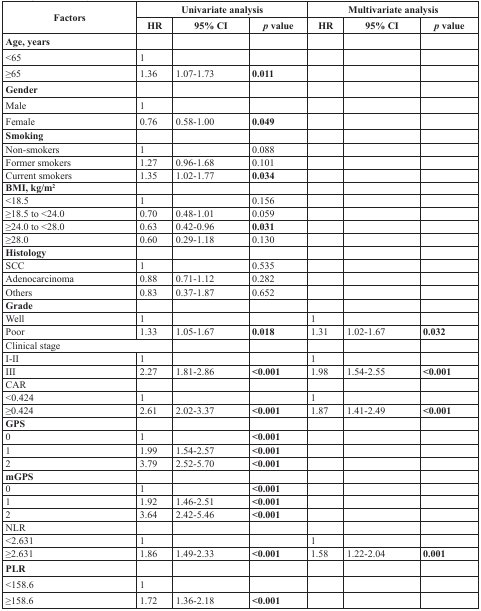
<table><thead><tr><td rowspan="2"><b>Factors</b></td><td colspan="3"><b>Univariate analysis</b></td><td colspan="3"><b>Multivariate analysis</b></td></tr><tr><td><b>HR</b></td><td><b>95% CI</b></td><td><b><i>p</i> value</b></td><td><b>HR</b></td><td><b>95% CI</b></td><td><b><i>p</i> value</b></td></tr></thead><tbody><tr><td><b>Age, years</b></td><td></td><td></td><td></td><td></td><td></td><td></td></tr><tr><td>&lt;65</td><td>1</td><td></td><td></td><td></td><td></td><td></td></tr><tr><td>≥65</td><td>1.36</td><td>1.07-1.73</td><td><b>0.011</b></td><td></td><td></td><td></td></tr><tr><td><b>Gender</b></td><td></td><td></td><td></td><td></td><td></td><td></td></tr><tr><td>Male</td><td>1</td><td></td><td></td><td></td><td></td><td></td></tr><tr><td>Female</td><td>0.76</td><td>0.58-1.00</td><td><b>0.049</b></td><td></td><td></td><td></td></tr><tr><td><b>Smoking</b></td><td></td><td></td><td></td><td></td><td></td><td></td></tr><tr><td>Non-smokers</td><td>1</td><td></td><td>0.088</td><td></td><td></td><td></td></tr><tr><td>Former smokers</td><td>1.27</td><td>0.96-1.68</td><td>0.101</td><td></td><td></td><td></td></tr><tr><td>Current smokers</td><td>1.35</td><td>1.02-1.77</td><td><b>0.034</b></td><td></td><td></td><td></td></tr><tr><td><b>BMI, kg/m</b><sup>2</sup></td><td></td><td></td><td></td><td></td><td></td><td></td></tr><tr><td>&lt;18.5</td><td>1</td><td></td><td>0.156</td><td></td><td></td><td></td></tr><tr><td>≥18.5 to &lt;24.0</td><td>0.70</td><td>0.48-1.01</td><td>0.059</td><td></td><td></td><td></td></tr><tr><td>≥24.0 to &lt;28.0</td><td>0.63</td><td>0.42-0.96</td><td><b>0.031</b></td><td></td><td></td><td></td></tr><tr><td>≥28.0</td><td>0.60</td><td>0.29-1.18</td><td>0.130</td><td></td><td></td><td></td></tr><tr><td><b>Histology</b></td><td></td><td></td><td></td><td></td><td></td><td></td></tr><tr><td>SCC</td><td>1</td><td></td><td>0.535</td><td></td><td></td><td></td></tr><tr><td>Adenocarcinoma</td><td>0.88</td><td>0.71-1.12</td><td>0.282</td><td></td><td></td><td></td></tr><tr><td>Others</td><td>0.83</td><td>0.37-1.87</td><td>0.652</td><td></td><td></td><td></td></tr><tr><td><b>Grade</b></td><td></td><td></td><td></td><td></td><td></td><td></td></tr><tr><td>Well</td><td>1</td><td></td><td></td><td>1</td><td></td><td></td></tr><tr><td>Poor</td><td>1.33</td><td>1.05-1.67</td><td><b>0.018</b></td><td>1.31</td><td>1.02-1.67</td><td><b>0.032</b></td></tr><tr><td colspan="2">Clinical stage</td><td></td><td></td><td></td><td></td><td></td></tr><tr><td>I-II</td><td>1</td><td></td><td></td><td>1</td><td></td><td></td></tr><tr><td>III</td><td>2.27</td><td>1.81-2.86</td><td><b>&lt;0.001</b></td><td>1.98</td><td>1.54-2.55</td><td><b>&lt;0.001</b></td></tr><tr><td>CAR</td><td></td><td></td><td></td><td></td><td></td><td></td></tr><tr><td>&lt;0.424</td><td>1</td><td></td><td></td><td>1</td><td></td><td></td></tr><tr><td>≥0.424</td><td>2.61</td><td>2.02-3.37</td><td><b>&lt;0.001</b></td><td>1.87</td><td>1.41-2.49</td><td><b>&lt;0.001</b></td></tr><tr><td><b>GPS</b></td><td></td><td></td><td></td><td></td><td></td><td></td></tr><tr><td>0</td><td>1</td><td></td><td><b>&lt;0.001</b></td><td></td><td></td><td></td></tr><tr><td>1</td><td>1.99</td><td>1.54-2.57</td><td><b>&lt;0.001</b></td><td></td><td></td><td></td></tr><tr><td>2</td><td>3.79</td><td>2.52-5.70</td><td><b>&lt;0.001</b></td><td></td><td></td><td></td></tr><tr><td><b>mGPS</b></td><td></td><td></td><td></td><td></td><td></td><td></td></tr><tr><td>0</td><td>1</td><td></td><td><b>&lt;0.001</b></td><td></td><td></td><td></td></tr><tr><td>1</td><td>1.92</td><td>1.46-2.51</td><td><b>&lt;0.001</b></td><td></td><td></td><td></td></tr><tr><td>2</td><td>3.64</td><td>2.42-5.46</td><td><b>&lt;0.001</b></td><td></td><td></td><td></td></tr><tr><td>NLR</td><td></td><td></td><td></td><td></td><td></td><td></td></tr><tr><td>&lt;2.631</td><td>1</td><td></td><td></td><td>1</td><td></td><td></td></tr><tr><td>≥2.631</td><td>1.86</td><td>1.49-2.33</td><td><b>&lt;0.001</b></td><td>1.58</td><td>1.22-2.04</td><td><b>0.001</b></td></tr><tr><td><b>PLR</b></td><td></td><td></td><td></td><td></td><td></td><td></td></tr><tr><td>&lt;158.6</td><td>1</td><td></td><td></td><td></td><td></td><td></td></tr><tr><td>≥158.6</td><td>1.72</td><td>1.36-2.18</td><td><b>&lt;0.001</b></td><td></td><td></td><td></td></tr></tbody></table>